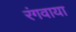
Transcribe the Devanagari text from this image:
रंगवाया